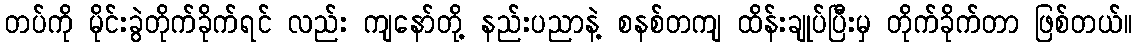
တပ်ကို မိုင်းခွဲတိုက်ခိုက်ရင် လည်း ကျနော်တို့ နည်းပညာနဲ့ စနစ်တကျ ထိန်းချုပ်ပြီးမှ တိုက်ခိုက်တာ ဖြစ်တယ်။